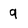
Character: q